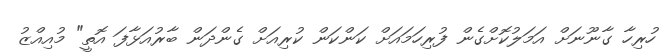
ހުރިހާ ގާނޫނަށް އަމަލުކޮށްގެން ފުރިހަމައަށް ކަންކަން ކުރިއަށް ގެންދަން ބާރުއަޅާފަ އޮތީ" މުއިއްޒު